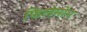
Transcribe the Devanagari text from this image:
फिलेमोन